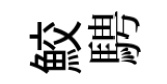
鮫騁